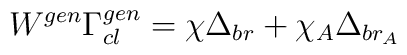
W^{gen} \Gamma_{cl}^{gen} = \chi \Delta_{br} + \chi_A \Delta_{br_A}